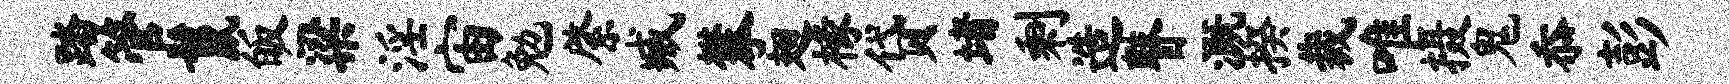
踏管鬣皈梁淫宙勉綮臧攀翅椽贷堵剩造瞽溉揆裁唯摄鬼忝彭